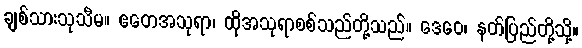
ချစ်သားသုသီမ။ ဧတေအသုရာ၊ ထိုအသုရာစစ်သည်တို့သည်။ ဒေဝေ၊ နတ်ပြည်တို့သို့။